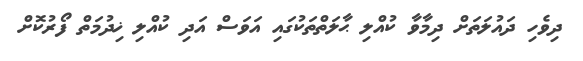
ދިވެހި ދައުލަތަށް ދިމާވާ ކުއްލި ޙާލަތްތަކުގައި އަވަސް އަދި ކުއްލި ޚިދުމަތް ފޯރުކޮށް